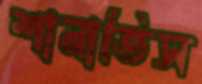
শানাতিস